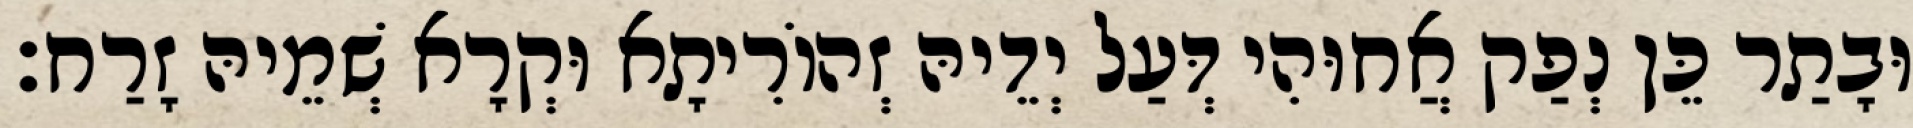
וּבָתַר כֵּן נְפַק אֲחוּהִי דְּעַל יְדֵיהּ זְהוֹרִיתָא וּקְרָא שְׁמֵיהּ זָרַח׃